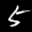
Label: 5